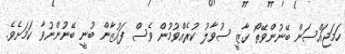
ހަމަޖައްސަން ބޭނުންވޭތޯ ގާޒީ ސުވާލު ކުރެއްވުމުން ވެސް ފައުޒާން ބުނީ ބޭނުންނުވާ ކަމަށެވެ.